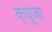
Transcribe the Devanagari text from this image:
क्युजा